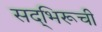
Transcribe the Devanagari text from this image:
सद्‌भिरूची